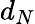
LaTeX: d_{N}